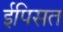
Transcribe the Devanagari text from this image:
ईपिसत